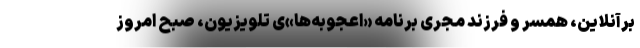
برآنلاین، همسر و فرزند مجری برنامه «اعجوبه‌ها»ی تلویزیون، صبح امروز